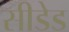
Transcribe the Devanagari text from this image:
सीडेड